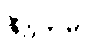
ဇီဝိတမ္ပိ